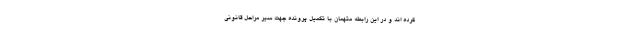
کرده اند و در این رابطه متهمان با تکمیل پرونده جهت سیر مراحل قانونی